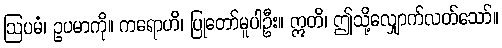
ဩပမံ၊ ဥပမာကို။ ကရောဟိ၊ ပြုတော်မူပါဦး။ ဣတိ၊ ဤသို့လျှောက်လတ်သော်။